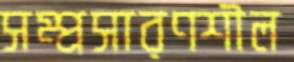
সম্প্রসারণশীল